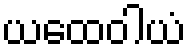
ယထေဝါယံ